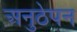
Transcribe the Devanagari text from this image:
अनुठेपन